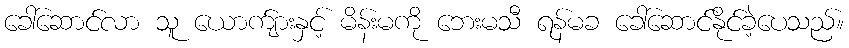
ခေါ်ဆောင်လာ သူ ယောက်ျားနှင့် မိန်းမကို ဘေးမသီ ရန်မခ ခေါ်ဆောင်နိုင်ခဲ့ပေသည်။